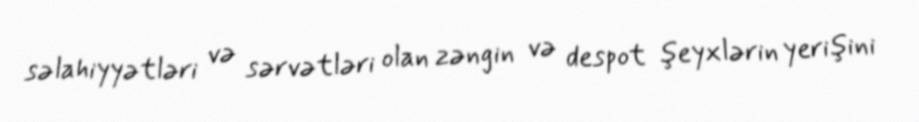
səlahiyyətləri və sərvətləri olan zəngin və despot şeyxlərin yerişini